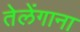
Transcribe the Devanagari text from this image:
तेलेंगाना